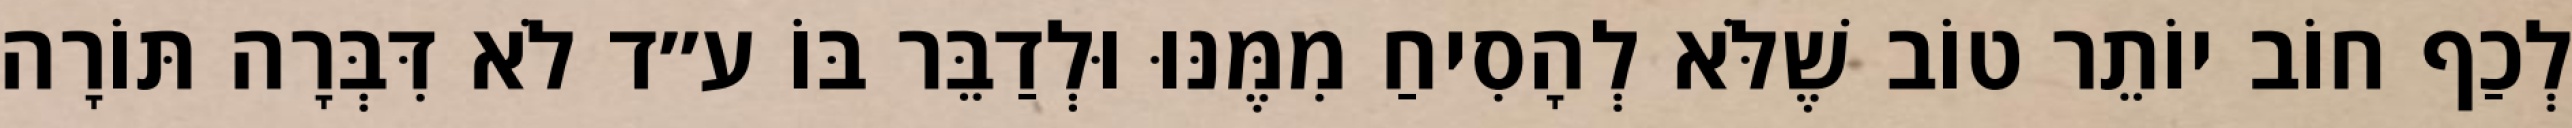
לְכַף חוֹב יוֹתֵר טוֹב שֶׁלֹּא לְהָסִיחַ מִמֶּנּוּ וּלְדַבֵּר בּוֹ ע״ד לֹא דִּבְּרָה תּוֹרָה